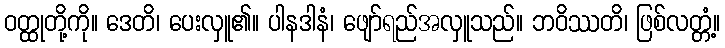
ဝတ္ထုတို့ကို။ ဒေတိ၊ ပေးလှူ၏။ ပါနဒါနံ၊ ဖျော်ရည်အလှူသည်။ ဘဝိဿတိ၊ ဖြစ်လတ္တံ့။